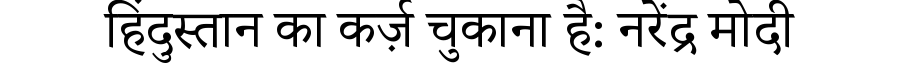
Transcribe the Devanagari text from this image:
हिंदुस्तान का कर्ज़ चुकाना है: नरेंद्र मोदी